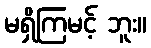
မရှိကြမင့် ဘူး။